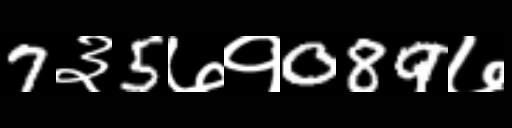
Text: 7३5७१089७